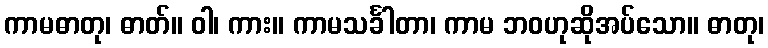
ကာမဓာတု၊ ဓာတ်။ ဝါ၊ ကား။ ကာမသင်္ခါတာ၊ ကာမ ဘဝဟုဆိုအပ်သော။ ဓာတု၊